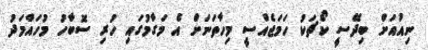
ނިއުއަށް ބިދޭސީ ކޯޗަކު ހަމަޖެއްސީ މިހާތަނަށް އެ މަގާމުގައި ހުރި ސޮބާހު މުހައްމަދު